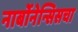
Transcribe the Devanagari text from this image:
नार्बोनेन्सिसचा